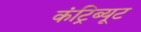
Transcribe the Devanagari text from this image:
कंट्रिब्यूट